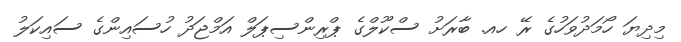
މިދިޔަ ހޯމަދުވަހުގެ ރޭ ހއ. ބާރަށު ސްކޫލްގެ ޕްރިންސިޕަލް އަމްޖަދު ހުސައިންގެ ސައިކަލު